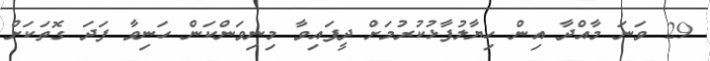
29 ވަނަ މާއްދާ އިން ހިޔާލުފާޅުކުރުމަށް ދީފައިވާ މިނިވަންކަން ހަނިވާ ފަދަ ގޮތަކަށް